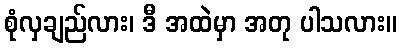
စုံလှချည်လား၊ ဒီ အထဲမှာ အတု ပါသလား။